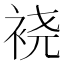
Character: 𫋹